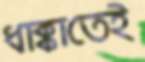
ধাক্কাতেই